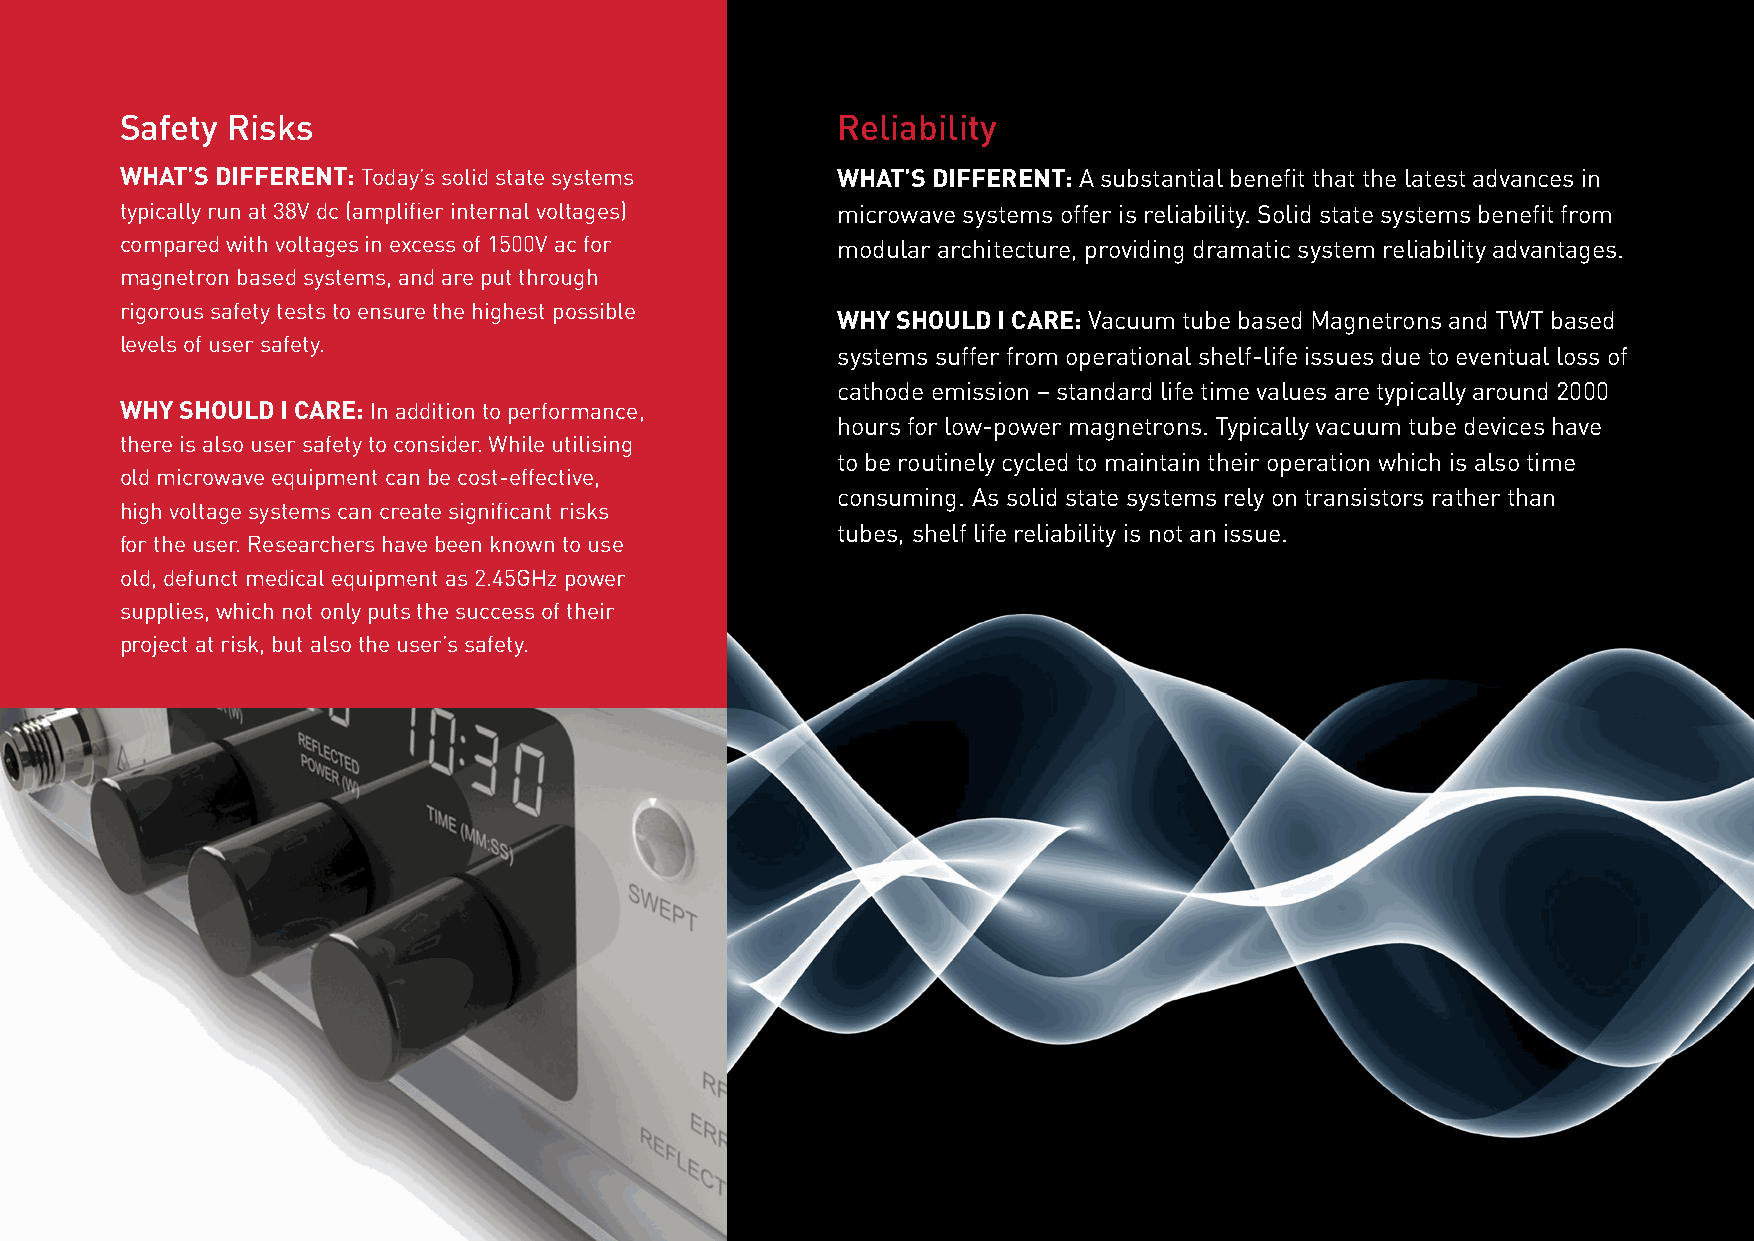
Safety Risks                                   Reliability
 WHAT’S DIFFERENT: Today’s solid state systems  WHAT’S DIFFERENT: A substantial benefit that the latest advances in
 typically run at 38V dc (amplifier internal voltages) microwave systems offer is reliability. Solid state systems benefit from
 compared with voltages in excess of 1500V ac for modular architecture, providing dramatic system reliability advantages.
 magnetron based systems, and are put through
 rigorous safety tests to ensure the highest possible
 WHY SHOULD I CARE: Vacuum tube based Magnetrons and TWT based
 levels of user safety.
 systems suffer from operational shelf-life issues due to eventual loss of
 cathode emission – standard life time values are typically around 2000
 WHY SHOULD I CARE: In addition to performance,
 hours for low-power magnetrons. Typically vacuum tube devices have
 there is also user safety to consider. While utilising
 FIGURE 1. Swept vs unswept power measurment (510cm cable
 to be routinely cycled to maintain their operation which is also time
 +/- 0.7% length @ 2.45GHz 25% mismatch 100W) old microwave equipment can be cost-effective,
 consuming. As solid state systems rely on transistors rather than
 high voltage systems can create significant risks
 tubes, shelf life reliability is not an issue.
 for the user. Researchers have been known to use
 old, defunct medical equipment as 2.45GHz power
 supplies, which not only puts the success of their
 project at risk, but also the user’s safety.